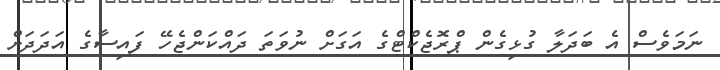
ނަމަވެސް އެ ބަދަލާ ގުޅިގެން ޕްރޮޖެކްޓްގެ އަގަށް ނުވަތަ ދައްކަންޖެހޭ ފައިސާގެ އަދަދަށް